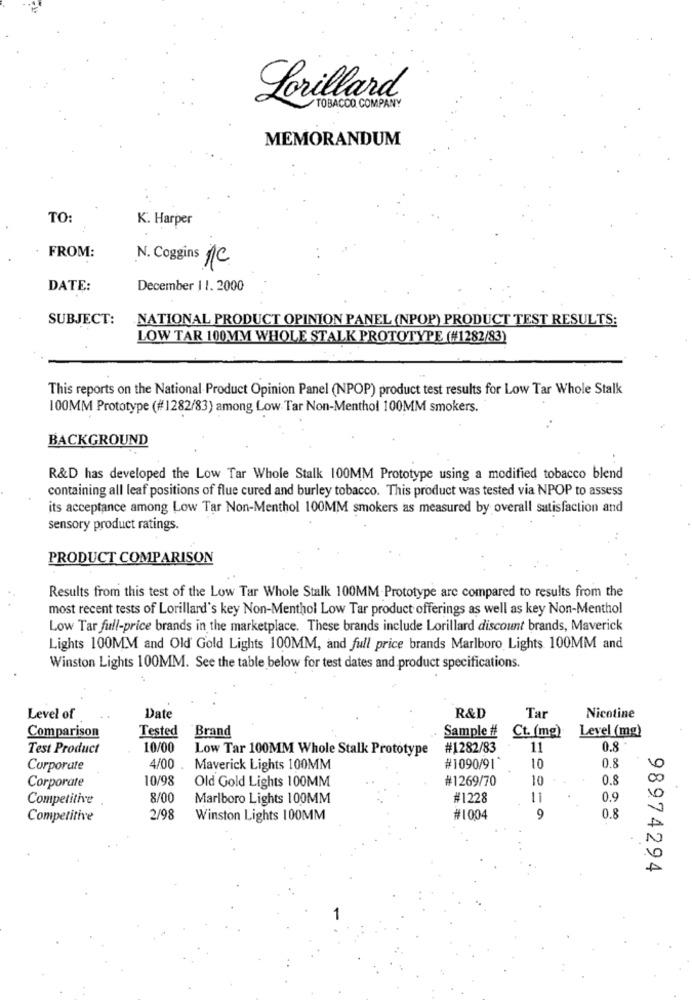
Lorillard®
TOBACCO COMPANY
MEMORANDUM
TO:
K. Harper
FROM:
N. Coggins 1C
DATE:
December 11. 2000
SUBJECT:
NATIONAL PRODUCT OPINION PANEL (NPOP) PRODUCT TEST RESULTS:
LOW TAR 100MM WHOLE STALK PROTOTYPE (#1282/83)
This reports on the National Product Opinion Panel (NPOP) product test results for Low Tar Whole Stalk
100MM Prototype (#1282/83) among Low Tar Non-Menthol 100MM smokers.
BACKGROUND
R&D has developed the Low Tar Whole Stalk 100MM Prototype using a modified tobacco blend
containing all leaf positions of flue cured and burley tobacco. This product was tested via NPOP to assess
its acceptance among Low Tar Non-Menthol 100MM smokers as measured by overall satisfaction and
sensory product ratings.
PRODUCT COMPARISON
Results from this test of the Low Tar Whole Stalk 100MM-Prototype are compared to results from the
most recent tests of Lorillard's key Non-Menthol Low Tar product offerings as well as key Non-Menthol
Low Tar full-price brands in the marketplace. These brands include Lorillard discount brands, Maverick
Lights 100MM and Old Gold Lights 100MM, and full price brands Marlboro Lights 100MM and
Winston Lights 100MM. See the table below for test dates and product specifications.
Tar
Level of
Date
R&D
Nicotine
Comparison
Tested
Brand
Sample #
Ct. (mg)
Level (mg)
Test Product
10/00
Low Tar 100MM Whole Stalk Prototype #1282/83
11
0.8
Corporate
4/00
Maverick Lights 100MM
#1090/91
10
0.8
Corporate
10/98
#1269/70
10
0.8
00
Old Gold Lights 100MM
Competitive
8/00
Marlboro Lights 100MM
#1228
11
0.9
Competitive
2/98
Winston Lights 100MM
#1004
9
0.8
A
98974294
1